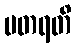
ပတရတိ